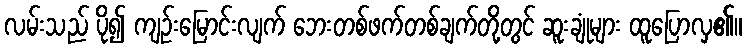
လမ်းသည် ပို၍ ကျဉ်းမြောင်းလျက် ဘေးတစ်ဖက်တစ်ချက်တို့တွင် ဆူးချုံများ ထူပြောလှ၏။